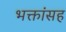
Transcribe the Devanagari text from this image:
भक्तांसह